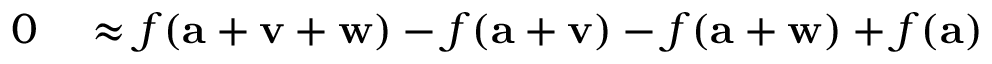
\begin{array} { r l } { 0 } & { { } \approx f ( \mathbf { a } + \mathbf { v } + \mathbf { w } ) - f ( \mathbf { a } + \mathbf { v } ) - f ( \mathbf { a } + \mathbf { w } ) + f ( \mathbf { a } ) } \end{array}